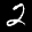
Label: 2